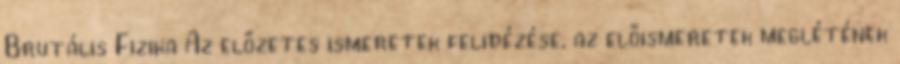
Brutális Fizika Az előzetes ismeretek felidézése, az előismeretek meglétének